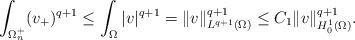
LaTeX: \begin{align*}\int_{\Omega^+_n}(v_+)^{q+1} \leq \int_{\Omega}|v|^{q+1} = \|v\|^{q+1}_{L^{q+1}(\Omega)}\leq C_1\|v\|^{q+1}_{H^1_0(\Omega)}.\end{align*}